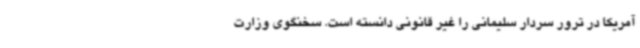
آمریکا در ترور سردار سلیمانی را غیر قانونی دانسته است. سخنگوی وزارت